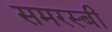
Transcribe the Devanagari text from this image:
समरस्बी